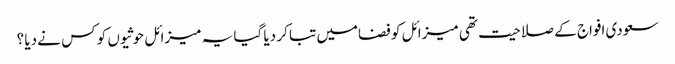
سعودی افواج کے صلاحیت تھی میزائل کو فضامیں تبا کر دیا گیا یہ میزائل حوثیوں کو کس نے دیا ؟